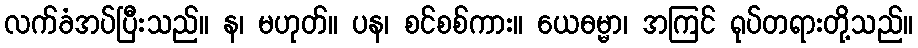
လက်ခံအပ်ပြီးသည်။ န၊ မဟုတ်။ ပန၊ စင်စစ်ကား။ ယေဓမ္မာ၊ အကြင် ရုပ်တရားတို့သည်။